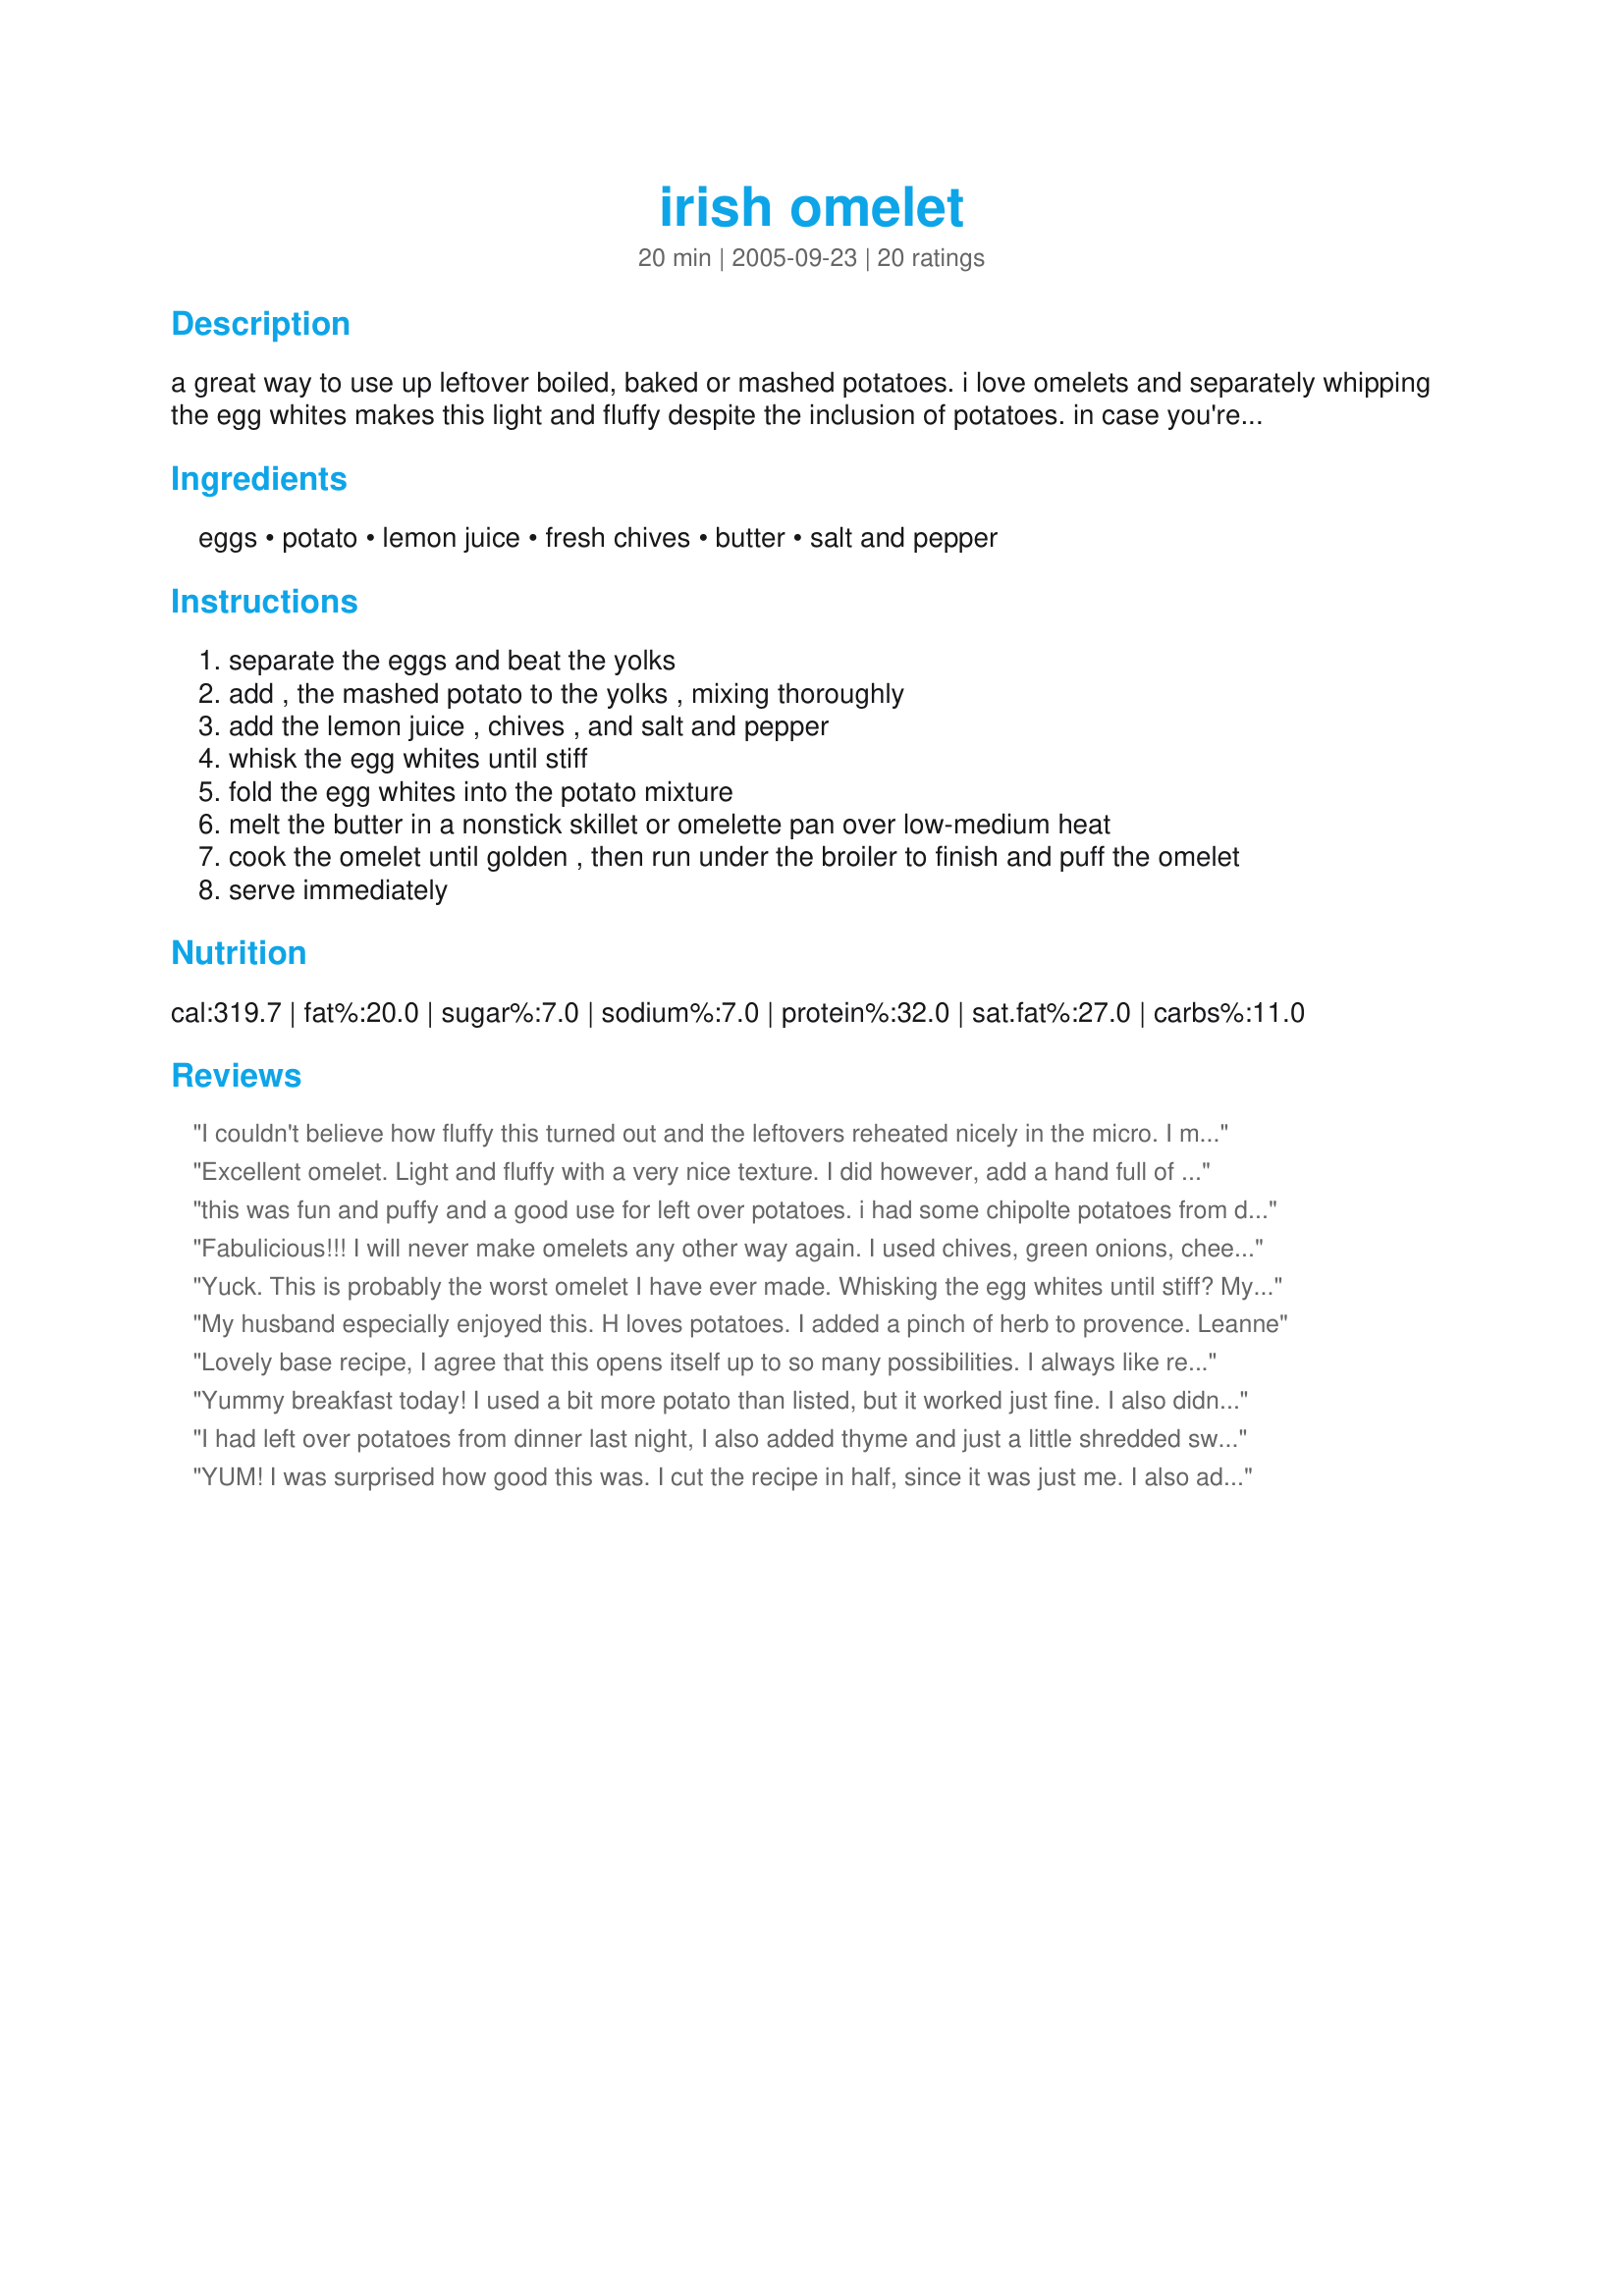
irish omelet
Preparation time: 20 minutes

a great way to use up leftover boiled, baked or mashed potatoes. i love omelets and separately whipping the egg whites makes this light and fluffy despite the inclusion of potatoes. in case you're wondering about taste - imagine a cross between a knish and a souffle. other herbs or grated onions might be good variations.

Ingredients:
eggs, potato, lemon juice, fresh chives, butter, salt and pepper

Steps:
separate the eggs and beat the yolks
add , the mashed potato to the yolks , mixing thoroughly
add the lemon juice , chives , and salt and pepper
whisk the egg whites until stiff
fold the egg whites into the potato mixture
melt the butter in a nonstick skillet or omelette pan over low-medium heat
cook the omelet until golden , then run under the broiler to finish and puff the omelet
serve immediately

Reviews:
I couldn't believe how fluffy this turned out and the leftovers reheated nicely in the micro. I mashed a fresh potato with some flavored veggie cream cheese spread and it gave a nice "herb" flavor. Thanks Toni, for posting.

Roxygirl
Excellent omelet. Light and fluffy with a very nice texture. I did however, add a hand full of mixed cheese to the egg mixture which added a great flavor. Thanks Toni
this was fun and puffy and a good use for left over potatoes. i had some chipolte potatoes from dinner and used those. nice heat. i think next time i will put morevegetables in them though. they were almost too airy and we wanted more chunks of veggies. i guess its more of a personal taste. but it was fun and easy. thanks!
Fabulicious!!! I will never make omelets any other way again. I used chives, green onions, cheese, and ham along with the potato and eggs. I used 5 eggs because they were smaller and it made a large 14 inch omelet. We ate it all for supper and I wish there were some leftovers it would be great in the AM for a quick breakfast on my way out the door. Will have to double recipe next time. Thank you justcallmetoni for the great recipe. Made for ZWT4 for team CHIC CHEFS.
Yuck. This is probably the worst omelet I have ever made. Whisking the egg whites until stiff? My hand is still sore, and it didn&#039;t happen. I suggest all of you use a mixer for that. Takes 3-5 minutes to cook? I don&#039;t know what super oven and pan y&#039;all use but that wasn&#039;t the case for me. It gets 2 stars because I like the basic idea of this. but i will be changing almost everything else about this recipe. Very bland!
My husband especially enjoyed this. H loves potatoes. I added a pinch of herb to provence.

Leanne
Lovely base recipe, I agree that this opens itself up to so many possibilities. I always like recipe where you beat the egg whites as it gives such a nice light texture and this is no exception. I don't know what a knish is but it was very similar to a souffle. I used instant potatoes as that's what I had and that seemed to work fine. Also added bacon and shredded mozzarella cheese and after thinking about it wish I'd also added green onion. Served with toasted french bread and hot coffee. I was looking for a differant omelet and this fit the bill. I followed all the cooking instructions exactly and it turned out great. Thanks Toni for a lovely breakfast.
Yummy breakfast today! I used a bit more potato than listed, but it worked just fine. I also didn't bother peeling them before cooking. I made these exactly as listed and it cooked very quickly. I ended up using a dollop of sour cream on it too. Made for my adopted chef for Fall 2009 PAC. Thanks justcallmetoni! :)
I had left over potatoes from dinner last night, I also added thyme and just a little shredded swiss cheese. Perfect-
Puffy- light- couldn't ask for anything more omelet!!!
Thanks
YUM! I was surprised how good this was. I cut the recipe in half, since it was just me. I also added one strip of cooked, crumbled bacon, a little chopped green bell pepper, and about a tablespoon of cheddar cheese. I didn't have any chives, so left those out. I didn't finish it off in the oven, it was so thick, it flipped over nicely, so I just browned the other side. I was making hollandaise sauce for somthing completely separate, but ended up topping it with a little of that and it was a nice addition. Salsa would be good too. What a great base recipe! The possibilites are endless with this one. The texture is great, very filling but also light. Thanks for this one!!
Awesome. This was just so easy & yet still good. I have to admit I was kind of reluctant to try it since I am used to eating desi style spicy omelet. But this was just perfect. The recipe doesn't specify the amount of salt & pepper so for people who might get confused like me in the start, I added 1/4 heaped teaspoon salt & 1/4 teaspoon pepper. Thanks Tony.
The directions on this are very well written. I cooked the omelet in an 8-inch cast iron skillet that is well seasoned. I did not have fresh chives so I used minced green onions. A touch of shredded cheese was added before putting under the broiler. Thank you toni for posting.
This made a nice and easy lunch. I cut the recipe down to one egg and adjusted the other amounts accordingly. I sprinkled lightly with some parmesan cheese and more green onions before putting in under the broiler. When the cheese melted I folded it over and had a yummy lunch. I think the garlic would probably be a good addition as suggestion by some of the other reviewers. Thank you for sharing your recipe toni!
This made a very pretty dish, but I agree, it needed a little something. I think that I will add athe fresh minced onions next time, but it was good just the same.
This makes such a delicious omelette! It&#039;s also good if you top it at the last minute with a medium or sharp cheddar OR Swiss cheese, and then a dollop of sour cream and serve! YUMMY!
I followed the advice of several reviewers and added 1 chopped onion and 4 cloves of chopped garlic, which I lightly sautéed in a separate pan before I started to make the omelet. And I followed katie’s suggestion of adding thyme and grated cheese. I’d never made an omelet this way before, and I was delighted with the end results. The texture was wonderful as was the flavour. Another delicious find on the Zaar World Tour, and one I’ll be making again, with fond memories of visiting Ireland! Thanks for sharing this recipe, toni!
I liked this omelet and would have given it 5 stars but two of the other people eating it weren't to crazy for it and covered it in salsa. I served this with bacon and scone recipe #216295.

Thanks toni gifford.

Bullwinkle
Great way to use leftovers. Quick, easy and healthy breakfast for the little guy before school. The three year old liked it so what else is there to say? :D Zaar World Tour 05
The technique made a REALLY light and fluffy omelet. I used roasted garlic mashed potatoes and topped the omelet with goat cheese and some leftover carmelized onions. It was wonderful! The technique (beating the egg whites) will be used anytime I make an omelet.
I liked the consistency of this easy omelet, but it seemed kind of bland to me. Maybe next time I’ll add some garlic, onions, cheese or curry powder as variations.
